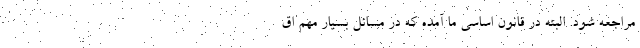
مراجعه شود. البته در قانون اساسی ما آمده که در مسائل بسیار مهم اق